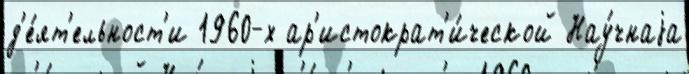
д'е́ят'ельност'и 1960-х ар'истократ'и́ческой Нау́чнаjа